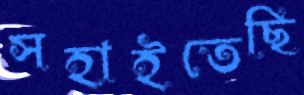
সহাইতেছি